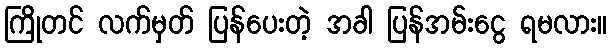
ကြိုတင် လက်မှတ် ပြန်ပေးတဲ့ အခါ ပြန်အမ်းငွေ ရမလား။